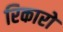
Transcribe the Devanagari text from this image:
रिकारो